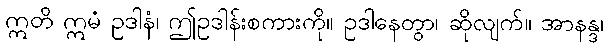
ဣတိ ဣမံ ဥဒါနံ၊ ဤဥဒါန်းစကားကို။ ဥဒါနေတွာ၊ ဆိုလျက်။ အာနန္ဒ၊